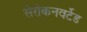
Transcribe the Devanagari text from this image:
सेरोकनवर्टेड